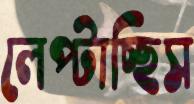
লেপ্‌টাচ্ছিস